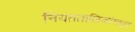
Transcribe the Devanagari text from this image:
नियततालिकांमधून